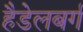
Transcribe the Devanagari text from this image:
हैडेलबर्ग